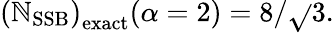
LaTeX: \left(\mathbb{N}_{\mathrm{{SSB}}}\right)_{\mathrm{{exact}}}(\alpha=2)=8/\sqrt{}{{3}}.